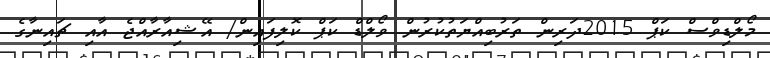
މޯލްޑިވްސް ކަޕް 2015ދަރިން ތަރުބިއްޔަތުކުރުން ވޯލްޑް ކަޕް ކޮލިފައިން/ އޭޝިއާރާއްޖެ އާއި ޗައިނާގެ